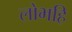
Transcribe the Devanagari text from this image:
लोभहि